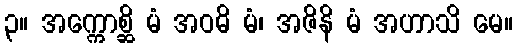
၃။ အက္ကောစ္ဆိ မံ အဝဓိ မံ၊ အဇိနိ မံ အဟာသိ မေ။